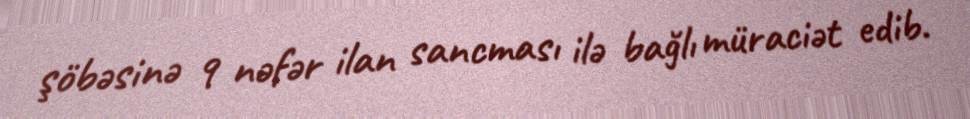
şöbəsinə 9 nəfər ilan sancması ilə bağlı müraciət edib.